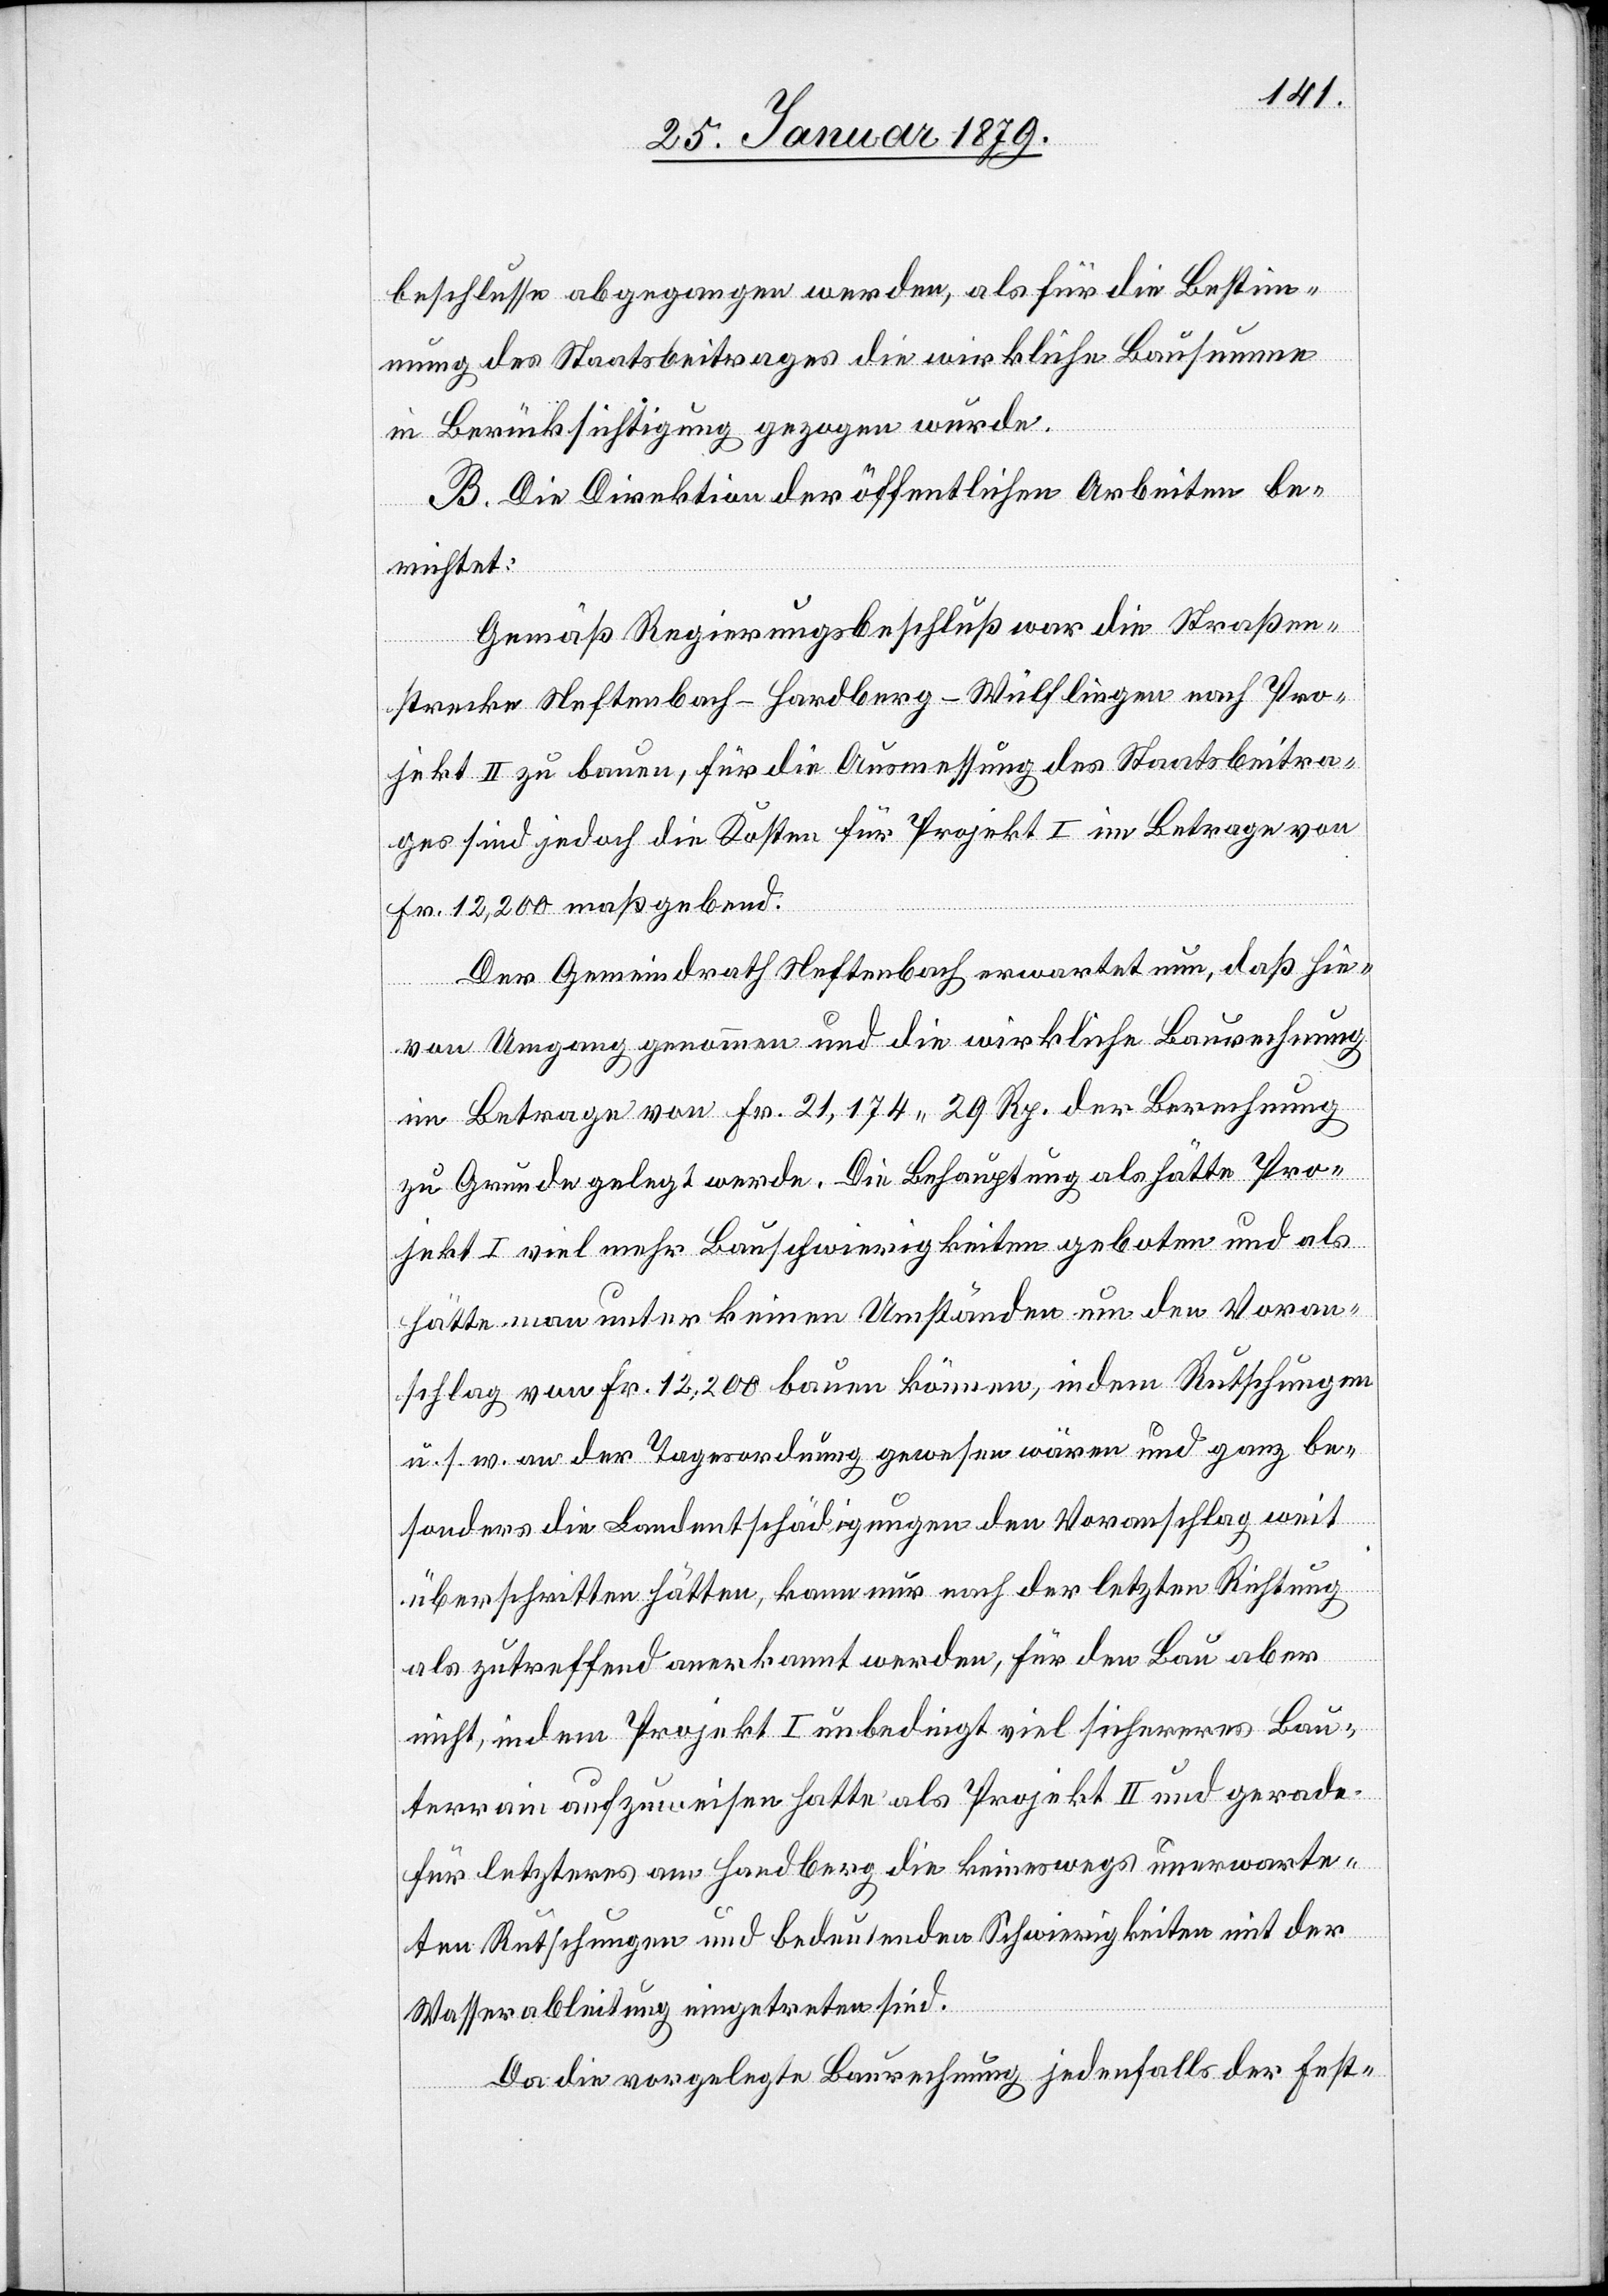
beschlusse abgegangen werden, als für die Bestimm¬
ung des Staatsbeitrages die wirkliche Bausumme
in Berücksichtigung gezogen wurde
B. Die Direktion der öffentlichen Arbeiten be¬
richtet:
Gemäß Regierungsbeschluß war die Straßen¬
strecke Neftenbach–Hardberg–Wülflingen nach Pro¬
jekt II zu bauen, für die Ausmessung des Staatsbeitra¬
ges sind jedoch die Kosten für Projekt I im Betrage von
Fr. 12,200 maßgebend.
Der Gemeindrath Neftenbach erwartet nun, daß hie¬
von Umgang genommen und die wirkliche Baurechnung
im Betrage von Fr. 21,174 29 Rp. der Berechnung
zu Grunde gelegt werde. Die Behauptung als hätte Pro¬
jekt I viel mehr Bauschwierigkeiten geboten und als
hätte man unter keinen Umständen um den Voran¬
schlag von Fr. 12,200 bauen können, indem Rutschungen
u. s. w. an der Tagesordnung gewesen wären und ganz be¬
sonders die Landentschädigungen den Voranschlag weit
überschritten hätten, kann nur nach der letzten Richtung
als zutreffend anerkannt werden, für den Bau aber
nicht, indem Projekt I unbedingt viel sichereres Bau¬
terrain aufzuweisen hatte als Projekt II und gerade
für letzteres am Hardberg die keineswegs unerwarte¬
ten Rutschungen und bedeutenden Schwierigkeiten mit der
Wasserableitung eingetreten sind.
Da die vorgelegte Baurechnung jedenfalls der Fest-